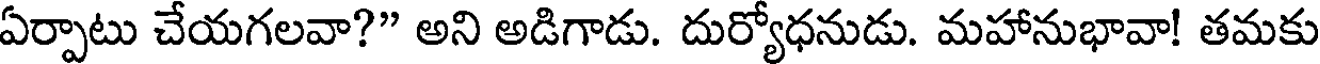
ఏర్పాటు చేయగలవా?" అని అడిగాడు. దుర్యోధనుడు. మహానుభావా! తమకు